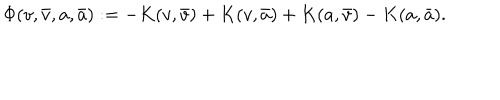
\Phi ( v , \bar { v } , a , \bar { a } ) : = - K ( v , \bar { v } ) + K ( v , \bar { a } ) + K ( a , \bar { v } ) - K ( a , \bar { a } ) .